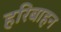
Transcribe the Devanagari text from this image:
हरिबाहन